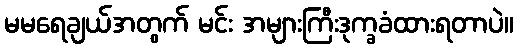
မမရေချယ်အတွက် မင်း အများကြီးဒုက္ခခံထားရတာပဲ။